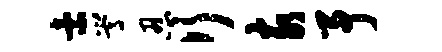
索嵩忍行亥予